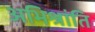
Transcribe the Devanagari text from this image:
अभिश्रांति